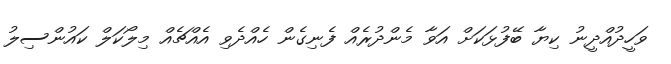
ވަހީދުއްދީނު ކިޔާ ބޭފުޅަކަށް އަވާ މެންދުރެއް ފެނިގެން ހެއްދެވި އެއްޗެއް މިލޯކަލް ކައުންސިލު